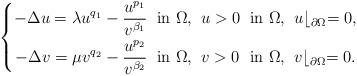
LaTeX: \begin{align*}\left\{\begin{alignedat}{2}-\Delta u =\lambda u^{q_1}-\frac{u^{p_1}}{v^{\beta_1}}\;\;&\mbox{in $\Omega$,}\;\; u>0\;\; && \mbox{in $\Omega$,}\;\; u\lfloor_{\partial\Omega}=0,\\-\Delta v =\mu v^{q_2}-\frac{u^{p_2}}{v^{\beta_2}}\;\; & \mbox{in $\Omega$,}\;\; v>0\;\; && \mbox{in $\Omega$,}\;\; v\lfloor_{\partial\Omega}=0.\end{alignedat}\right.\end{align*}